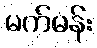
မက်မန်း